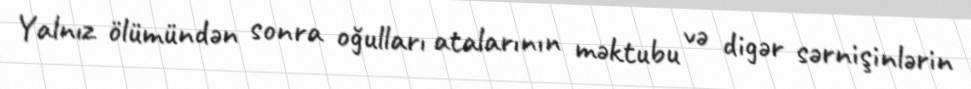
Yalnız ölümündən sonra oğulları atalarının məktubu və digər sərnişinlərin